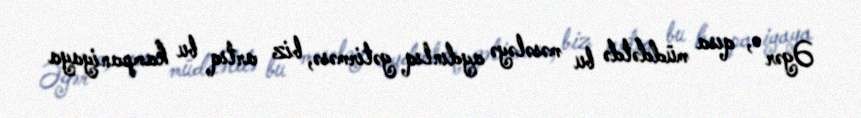
Əgər o, qısa müddətdə bu məsələyə aydınlıq gətirməsə, biz artıq bu kampaniyaya